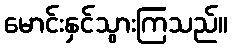
မောင်းနှင်သွားကြသည်။